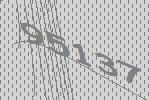
95137